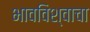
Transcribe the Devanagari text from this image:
भावविश्वाचा